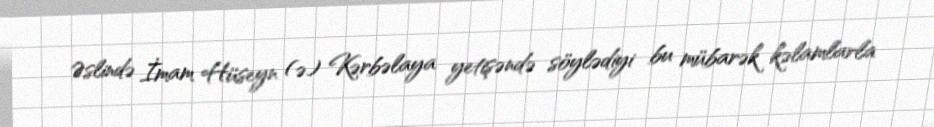
Əslində İmam Hüseyn (ə) Kərbəlaya yetişəndə söylədiyi bu mübarək kəlamlarla